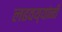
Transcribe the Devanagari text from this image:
लढवय्यांनी